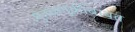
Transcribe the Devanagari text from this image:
गुंतवणुकीबाबत